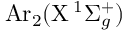
\mathrm { A r } _ { 2 } ( \mathrm { X } \, ^ { 1 } \Sigma _ { g } ^ { + } )